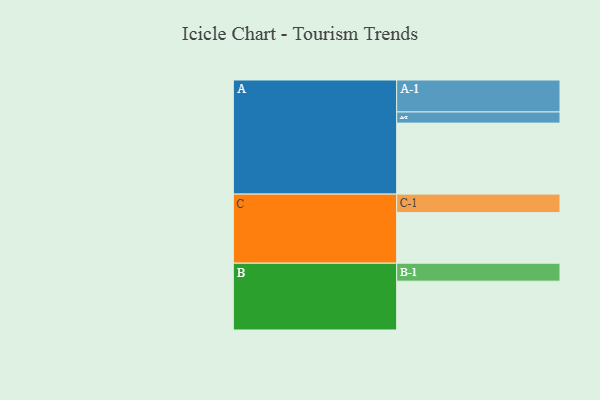
{"axis": {"x": "Segment", "y": "Value"}, "legend": ["", "A", "B", "C"], "data": [{"x": "A", "y": 522, "type": ""}, {"x": "B", "y": 359, "type": ""}, {"x": "C", "y": 372, "type": ""}, {"x": "A-1", "y": 235, "type": "A"}, {"x": "A-2", "y": 82, "type": "A"}, {"x": "B-1", "y": 132, "type": "B"}, {"x": "C-1", "y": 136, "type": "C"}]}